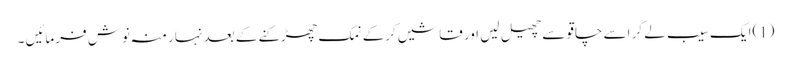
(1)ایک سیب لے کر اسے چاقو سے چھیل لیں اور قاشیں کرکے نمک چھڑکنے کے بعد نہار منہ نوش فرمائیں ۔